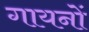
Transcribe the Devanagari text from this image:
गायनों